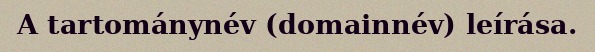
A tartománynév (domainnév) leírása.